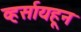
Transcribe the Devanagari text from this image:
व्हर्सायहून